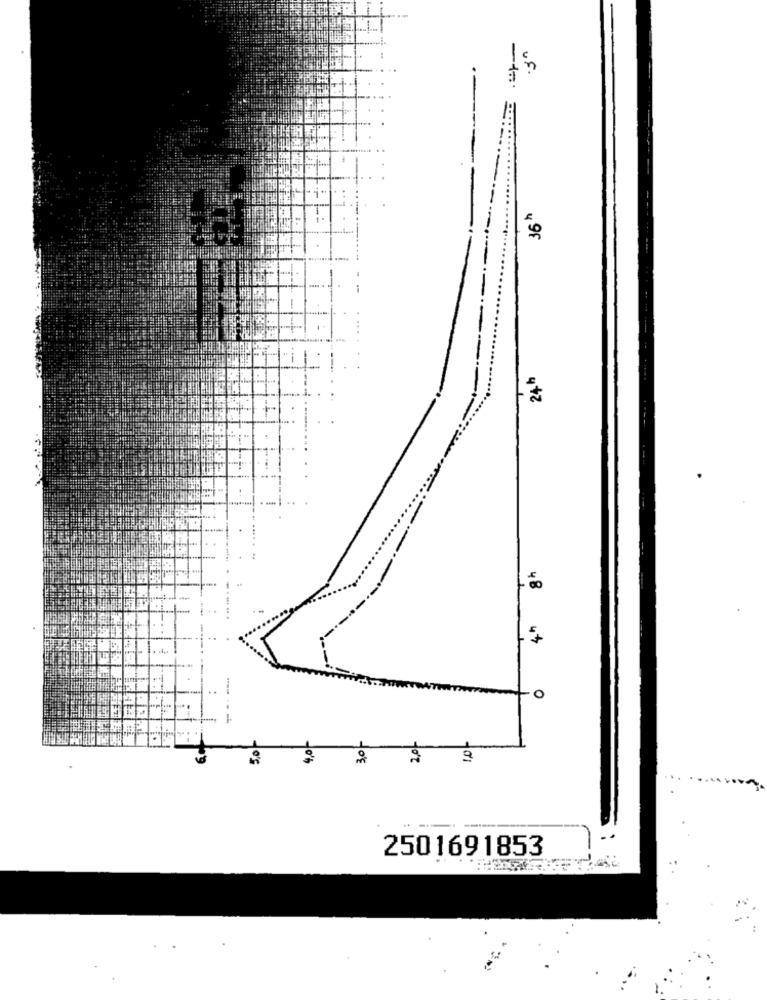
in
-1 ...
498
24h
0
30/
10h
2501691853